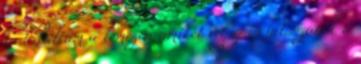
is találtam a lemezen amiket végig is játsszanék a